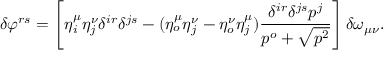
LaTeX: \delta \varphi ^ { r s } = \left[ \eta _ { i } ^ { \mu } \eta _ { j } ^ { \nu } \delta ^ { i r } \delta ^ { j s } - ( \eta _ { o } ^ { \mu } \eta _ { j } ^ { \nu } - \eta _ { o } ^ { \nu } \eta _ { j } ^ { \mu } ) \frac { \delta ^ { i r } \delta ^ { j s } p ^ { j } } { p ^ { o } + \sqrt { p ^ { 2 } } } \right] \delta \omega _ { \mu \nu } .